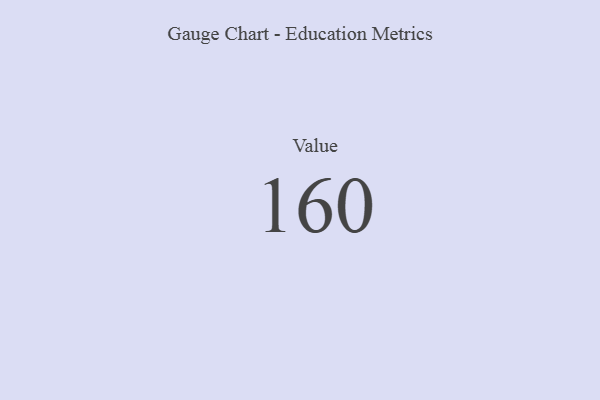
{"axis": {"x": "Metric", "y": "Value"}, "legend": [""], "data": [{"x": "Value", "y": 160, "type": ""}]}